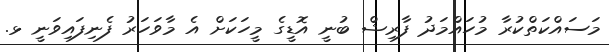
މަސައްކަތްކުރާ މުހައްމަދު ފާރިޝް ބުނީ އޮޑީގެ މީހަކަށް އެ މާވަހަރު ފެނިފައިވަނީ ޅ.